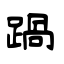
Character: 踻